Account of plague administration in the Bombay Presidency from September 1896 till May 1897
Year: 1896
Disease focus: Plague
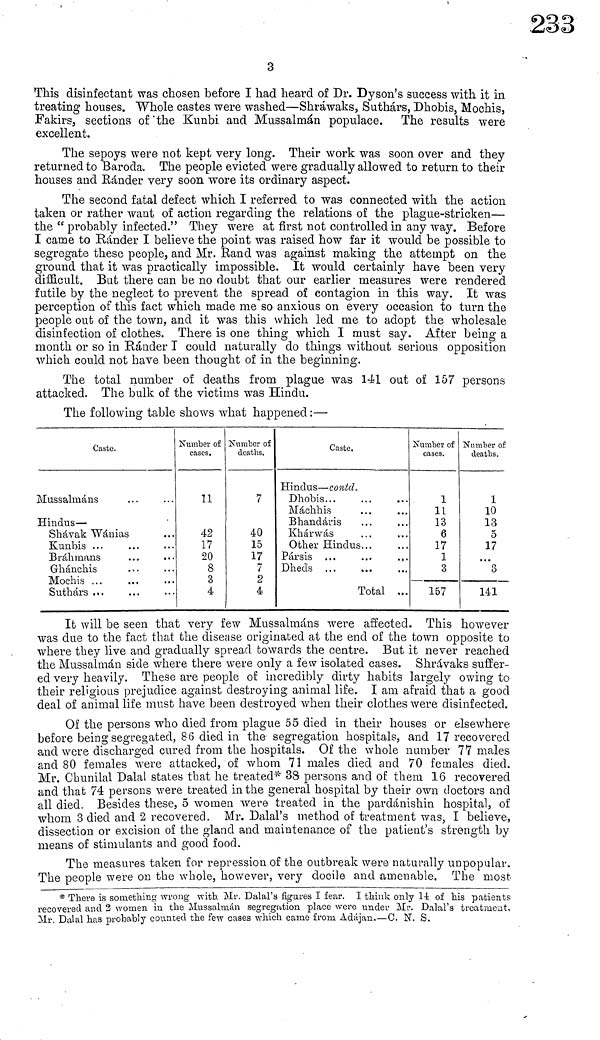
3
This disinfectant was chosen before I had heard of Dr. Dyson's success with it in
treating houses. Whole castes were washed—Shráwaks, Suthars, Dhobis, Mochis,
Fakirs, sections of the Kunbi and Mussalmán populace. The results were
excellent.
The sepoys were not kept very long. Their work was soon over and they
returned to Baroda. The people evicted were gradually allowed to return to their
houses and Ránder very soon wore its ordinary aspect.
The second fatal defect which I referred to was connected with the action
taken or rather want of action regarding the relations of the plague-stricken—
the " probably infected." They were at first not controlled in any way. Before
I came to Rander I believe the point was raised how far it would be possible to
segregate these people, and Mr. Band was against making the attempt on the
ground that it was practically impossible. It would certainly have been very
difficult. But there can be no doubt that our earlier measures were rendered
futile by the neglect to prevent the spread of contagion in this way. It was
perception of this fact which made me so anxious on every occasion to turn the
people out of the town, and it was this which led me to adopt the wholesale
disinfection of clothes. There is one thing which I must say. After being a
month or so in Rander I could naturally do things without serious opposition
which could not have been thought of in the beginning.
The total number of deaths from plague was 141 out of 157 persons
attacked. The bulk of the victims was Hindu.
The following table shows what happened :—·
Caste.
Mussalmáns
Hindus —
Shávak Wánias
Kunbis ...
Bráhmans . . .
Ghanchis
Mochis ...
Suthárs ...
Number of
cases.
11
42
17
20
8
3
4
Number of
deaths.
7
40
15
17
7
2
4
Caste.
Hindus — contd.
Dhobis
Machhis
Bhandaris . . .
Khárwás
Other Hindus...
Pársis
Dheds
Total ...
Number of
cases.
1
11
13
6
17
1
3
________________
157
Number of
deaths.
1
10
13
δ
17
...
8
________________
141
It will be seen that very few Mussalmáns were affected. This however
was due to the fact that the disease originated at the end of the town opposite to
where they live and gradually spread towards the centre. But it never reached
the Mussalmán side where there were only a few isolated cases. Shrávaks suffer-
ed very heavily. These are people of incredibly dirty habits largely owing to
their religious prejudice against destroying, animal life. I am afraid that a good
deal of animal life must have been destroyed when their clothes were disinfected.
Of the persons who died from plague 55 died in their houses or elsewhere
before being segregated, 86 died in the segregation hospitals, and 17 recovered
and were discharged cured from the hospitals. Of the whole number 77 males
and 80 females were attacked, of whom 71 males died and 70 females died.
Mr. Chunilal Dalal states that he treated* 38 persons and of them 16 recovered
and that 74 persons were treated in the general hospital by their own doctors and
all died. Besides these, 5 women were treated in the pardánishin hospital, of
whom 3 died and 2 recovered. Mr. Dalal's method of treatment was, I believe,
dissection or excision of the gland and maintenance of the patient's strength by
means of stimulants and good food.
The measures taken for repression of the outbreak were naturally unpopular.
The people were on the whole, however, very docile and amenable. The most
* There is something wrong with. Mr. Dalal's figures I fear. I think only
of his patients
recovered and 2 women in the Mussalmán segregation place were under Mr. Dalal's treatment,
Mr. Dalai has probably counted the few cases which came from Adájan.—C. N. S.